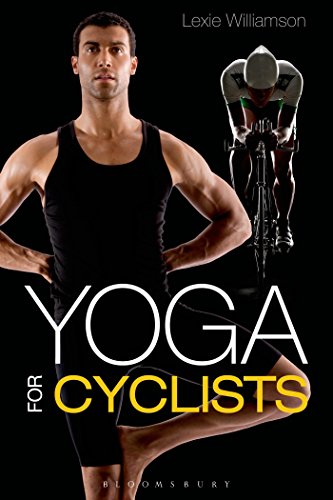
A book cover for Yoga for Cyclists; Lexie Williamson; Sports & Outdoors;